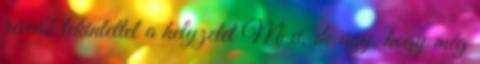
révedő tekintettel a helyzetet Mexi, de úgy, hogy még